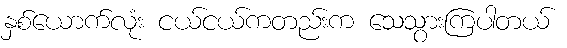
နှစ်ယောက်လုံး ငယ်ငယ်ကတည်းက သေသွားကြပါတယ်